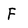
Character: F